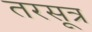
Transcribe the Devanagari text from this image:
तरसूत्र